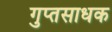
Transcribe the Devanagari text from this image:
गुप्तसाधक